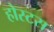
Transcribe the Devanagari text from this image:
होस्टस